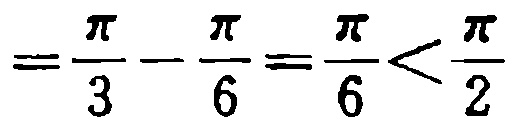
$=\frac{\pi}{3}-\frac{\pi}{6}=\frac{\pi}{6}<\frac{\pi}{2}$